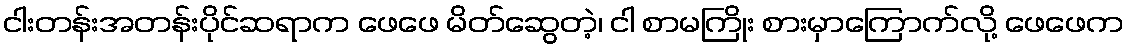
ငါးတန်းအတန်းပိုင်ဆရာက ဖေဖေ မိတ်ဆွေတဲ့၊ ငါ စာမကြိုး စားမှာကြောက်လို့ ဖေဖေက